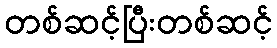
တစ်ဆင့်ပြီးတစ်ဆင့်